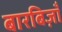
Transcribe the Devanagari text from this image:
बारबिज़ाँ